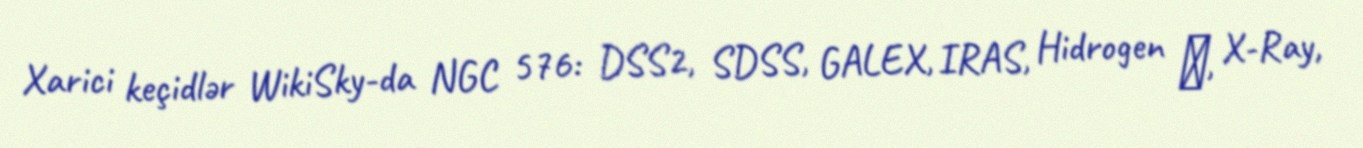
Xarici keçidlər WikiSky-da NGC 576: DSS2, SDSS, GALEX, IRAS, Hidrogen α, X-Ray,